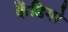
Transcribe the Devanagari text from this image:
कँडिगो